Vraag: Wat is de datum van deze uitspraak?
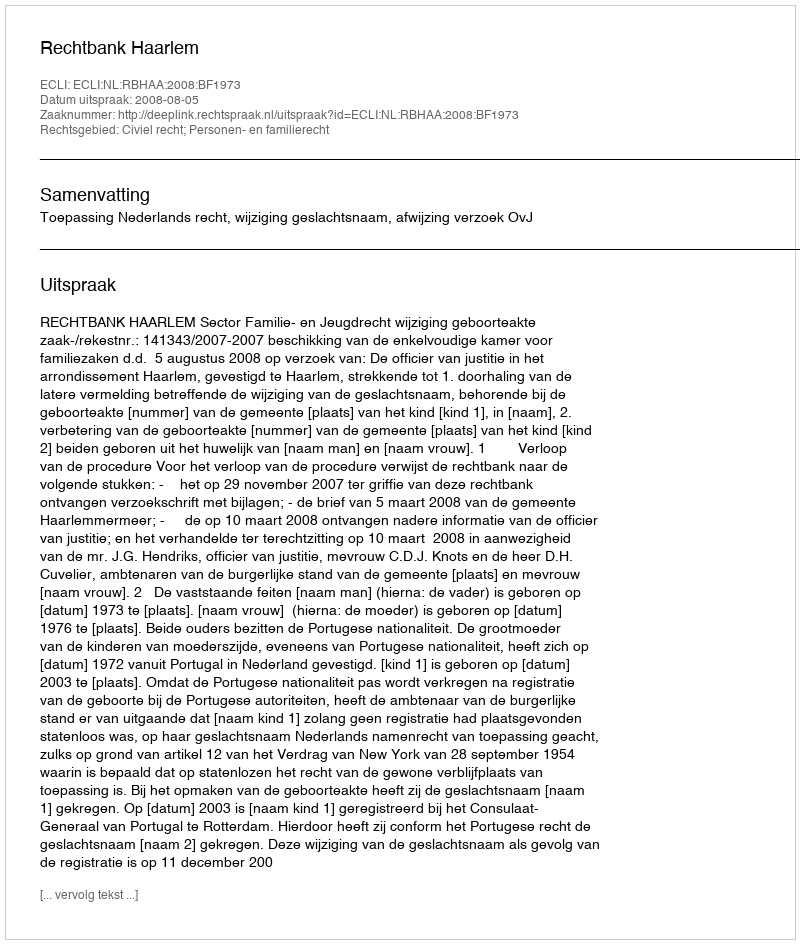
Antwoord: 2008-08-05